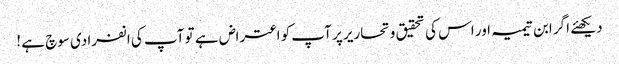
دیکھئے اگر ابن تیمیہ اور اس کی تحقیق و تحاریر پر آپ کو اعتراض ہے تو آپ کی انفرادی سوچ ہے !